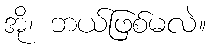
အို၊ ဘယ်ဖြစ်မလဲ။